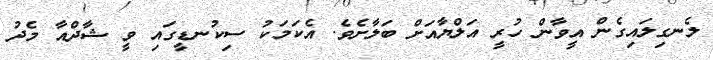
ލެނގިލައިގެން އީވާން ހުރީ އަލްޔާއަށް ބަލާށެވެ. އެކަމަކު ސިކުނޑީގައި ވީ ޝާދްއާ މެދު